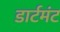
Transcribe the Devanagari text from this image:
डार्टमंट